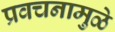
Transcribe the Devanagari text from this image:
प्रवचनामुळे